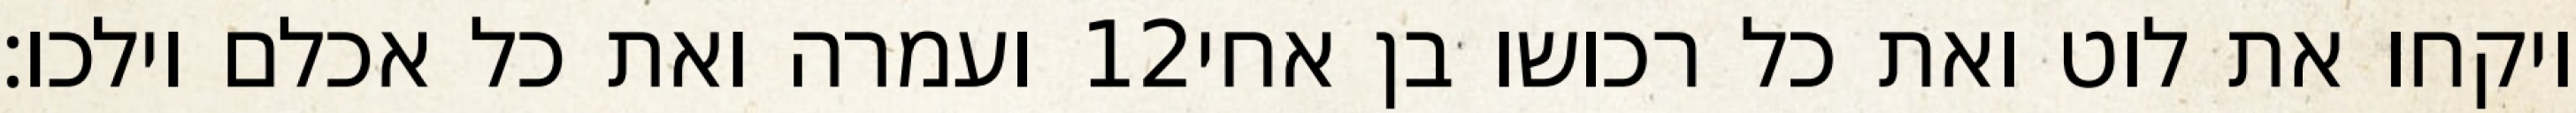
ועמרה ואת כל אכלם וילכו׃ ‎12‏ ויקחו את לוט ואת כל רכושו בן אחי